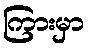
ကြားမှာ